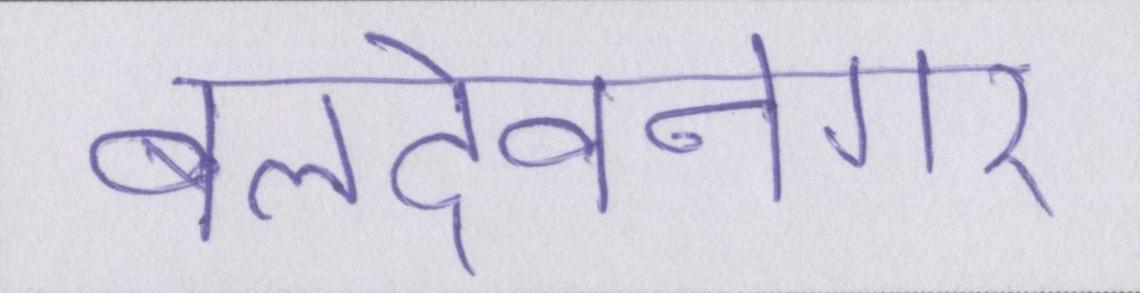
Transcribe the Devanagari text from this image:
बलदेवनगर